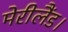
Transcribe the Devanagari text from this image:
मेरीलैंड।